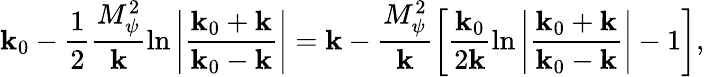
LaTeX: \mathbf{k}_{0}-\frac{{1}}{{2}}\frac{{M_{\psi}^{2}}}{{\mathbf{k}}}\ln\left|\frac{{\mathbf{k}_{0}+\mathbf{k}}}{{\mathbf{k}_{0}-\mathbf{k}}}\right|=\mathbf{k}-\frac{{M_{\psi}^{2}}}{{\mathbf{k}}}\left[\frac{{\mathbf{k}_{0}}}{{2\mathbf{k}}}\ln\left|\frac{{\mathbf{k}_{0}+\mathbf{k}}}{{\mathbf{k}_{0}-\mathbf{k}}}\right|-1\right],